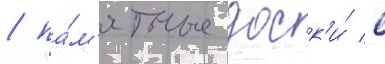
/ па́м'ятные доск'и́ с